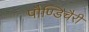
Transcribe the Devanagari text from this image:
पौण्डिचैरी